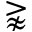
\gnapprox